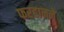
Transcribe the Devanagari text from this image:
फरहानने